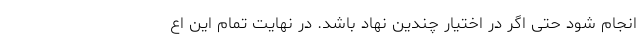
انجام شود حتی اگر در اختیار چندین نهاد باشد. در نهایت تمام این اع